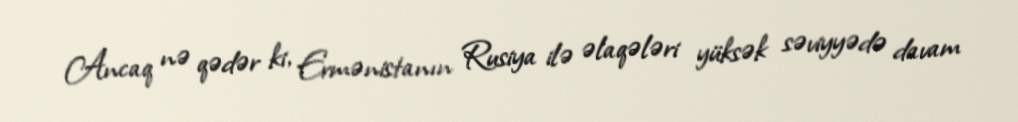
Ancaq nə qədər ki, Ermənistanın Rusiya ilə əlaqələri yüksək səviyyədə davam